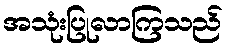
အသုံးပြုလာကြသည်